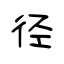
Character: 径